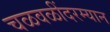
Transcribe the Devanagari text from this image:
चळवळींदरम्यान